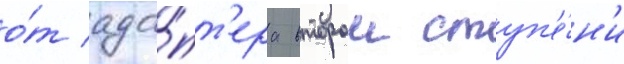
о́т ада́пт'ера второи ступ'е́н'и